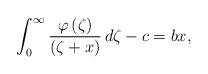
\begin{align*}\int_0^{\infty}\frac{\varphi\left(\zeta\right)}{\left(\zeta+x\right)}\, d\zeta-c=b x, \end{align*}